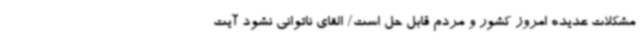
مشکلات عدیده امروز کشور و مردم قابل حل است/ القای ناتوانی نشود آیت